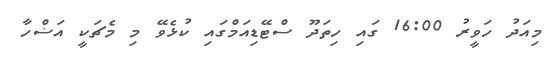
މިއަދު ހަވީރު 16:00 ގައި ހިތަދޫ ސްޓޭޑިއަމްގައި ކުޅެވޭ މި މެޗަކީ އަޟްހާ